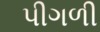
પીગળી